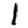
Digit: 1